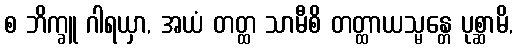
စ ဘိက္ခူ ဂါရယှာ, အယံ တတ္ထ သာမီစိ တတ္ထာယသ္မန္တေ ပုစ္ဆာမိ,